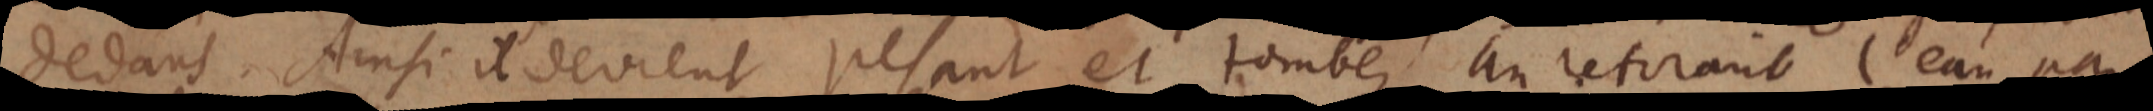
dedans. Ainsi il devient pesant et tombe, en retirant l’eau par